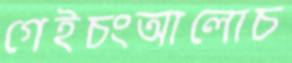
গেইচংআলোচ